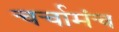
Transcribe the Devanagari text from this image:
चर्चामंच